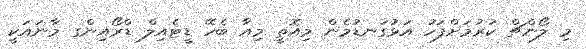
މި ލޯންޗް ކުރުމަށްފަހު އަޅުގަނޑުމެން މިއޮތީ މިއާ ބެހޭ ޑީޓެއިލް ޑްރޯއިންގ މާނައަކީ